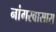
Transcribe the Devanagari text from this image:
नांगरवासास